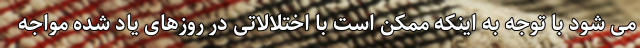
می شود با توجه به اینکه ممکن است با اختلالاتی در روزهای یاد شده مواجه